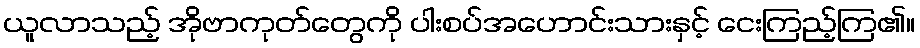
ယူလာသည့် အိုဗာကုတ်တွေကို ပါးစပ်အဟောင်းသားနှင့် ငေးကြည့်ကြ၏။